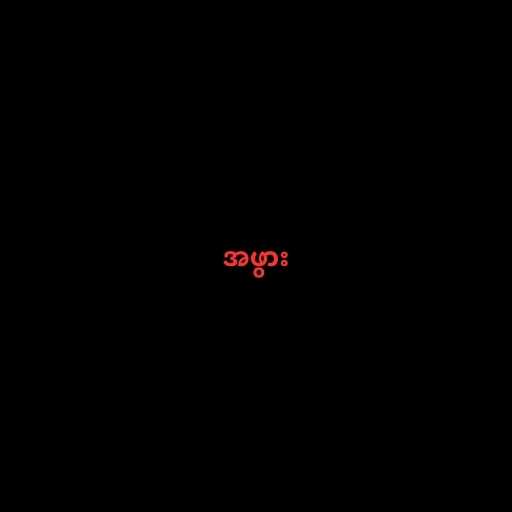
အဖွား